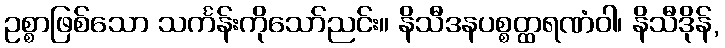
ဥစ္စာဖြစ်သော သင်္ကန်းကိုသော်ညင်း။ နိသီဒနပစ္စတ္ထရဏံဝါ၊ နိသီဒိုန်,